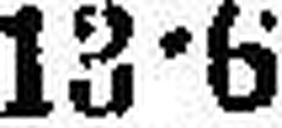
13•6